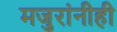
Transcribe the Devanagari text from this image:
मजुरांनीही